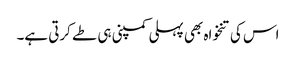
اس کی تنخواہ بھی پہلی کمپنی ہی طے کرتی ہے۔